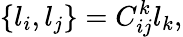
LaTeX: \{ l_{i},l_{j}\} =C_{ij}^{k}l_{k},